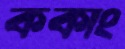
ককাং